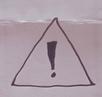
Signature authenticity: forged